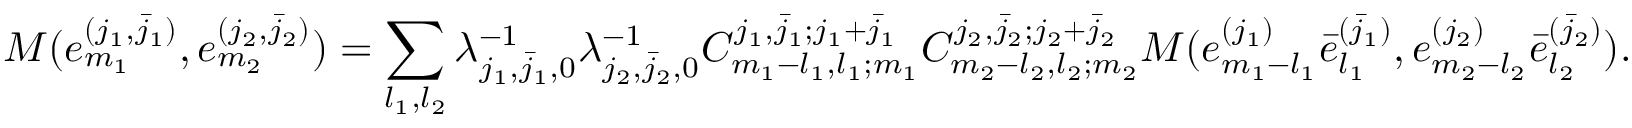
M ( e _ { m _ { 1 } } ^ { ( j _ { 1 } , \bar { j } _ { 1 } ) } , e _ { m _ { 2 } } ^ { ( j _ { 2 } , \bar { j } _ { 2 } ) } ) = \sum _ { l _ { 1 } , l _ { 2 } } \lambda _ { j _ { 1 } , \bar { j } _ { 1 } , 0 } ^ { - 1 } \lambda _ { j _ { 2 } , \bar { j } _ { 2 } , 0 } ^ { - 1 } C _ { m _ { 1 } - l _ { 1 } , l _ { 1 } ; m _ { 1 } } ^ { j _ { 1 } , \bar { j } _ { 1 } ; j _ { 1 } + \bar { j } _ { 1 } } C _ { m _ { 2 } - l _ { 2 } , l _ { 2 } ; m _ { 2 } } ^ { j _ { 2 } , \bar { j } _ { 2 } ; j _ { 2 } + \bar { j } _ { 2 } } M ( e _ { m _ { 1 } - l _ { 1 } } ^ { ( j _ { 1 } ) } \bar { e } _ { l _ { 1 } } ^ { ( \bar { j } _ { 1 } ) } , e _ { m _ { 2 } - l _ { 2 } } ^ { ( j _ { 2 } ) } \bar { e } _ { l _ { 2 } } ^ { ( \bar { j } _ { 2 } ) } ) .